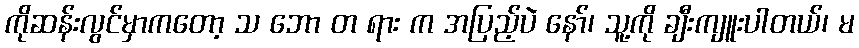
ကိုဆန်းလွင်မှာကတော့ သ ဘော တ ရား က အပြည့်ပဲ နော်၊ သူ့ကို ချီးကျူးပါတယ်၊ မ